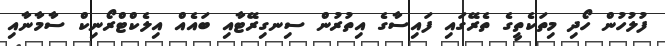
ފުލުހުން ހޯދި މިތަކެތީގެ ތެރޭގައި ފައިސާގެ އިތުރުން ސިނގިރޭޓާއި ބައެއް އިލެކްޓްރޯނިކް ސާމާނާއި